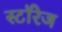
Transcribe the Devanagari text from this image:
स्टॉरेज